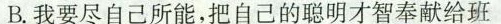
B.我要尽自己所能，把自己的聪明才智奉献给班